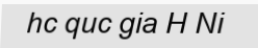
hc quc gia H Ni